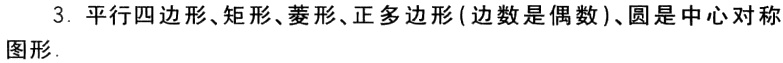
3. 平行四边形、矩形、菱形、正多边形 ( 边数是偶数 )、圆是中心对称图形.